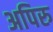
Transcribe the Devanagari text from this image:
अपिरु